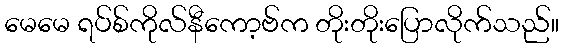
မေမေ ရပ်စ်ကိုလ်နီကော့ဗ်က တိုးတိုးပြောလိုက်သည်။